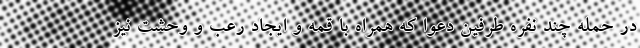
در حمله چند نفره طرفین دعوا که همراه با قمه و ایجاد رعب و وحشت نیز